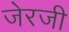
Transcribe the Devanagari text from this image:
जेरजी